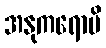
အနုကရောမိ